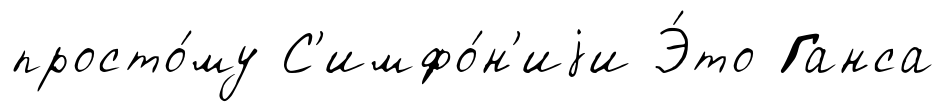
просто́му С'имфо́н'иjи Э́то Ганса